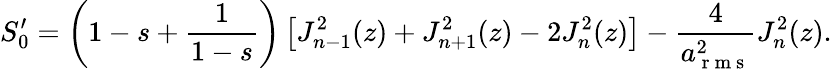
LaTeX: S_{0}^{\prime}=\left(1-s+\frac{1}{1-s}\right)\left[J_{n-1}^{2}(z)+J_{n+1}^{2}(z)-2J_{n}^{2}(z)\right]-\frac{4}{a_{\mathrm{~r~m~s~}}^{2}}J_{n}^{2}(z).